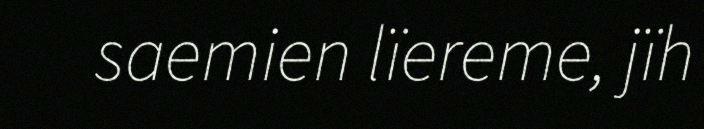
saemien lïereme, jïh